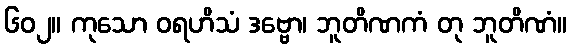
၆၀၂။ ကုသော ဝရဟိသံ ဒဗ္ဗော၊ ဘူတိဏကံ တု ဘူတိဏံ။